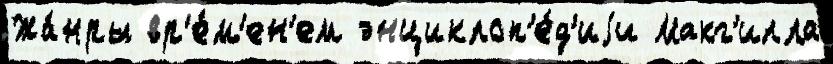
Жа́нры вр'е́м'ен'ем энциклоп'е́д'иjи Макг'илла